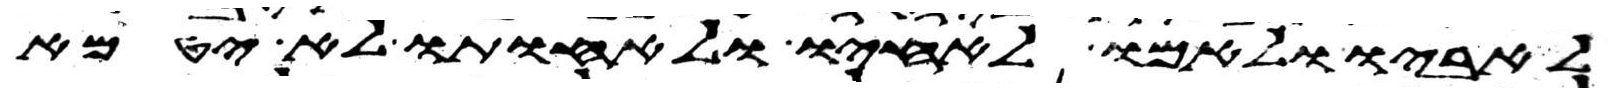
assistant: לאביו ולאמו לאחיו ולאחותו לא יטמא